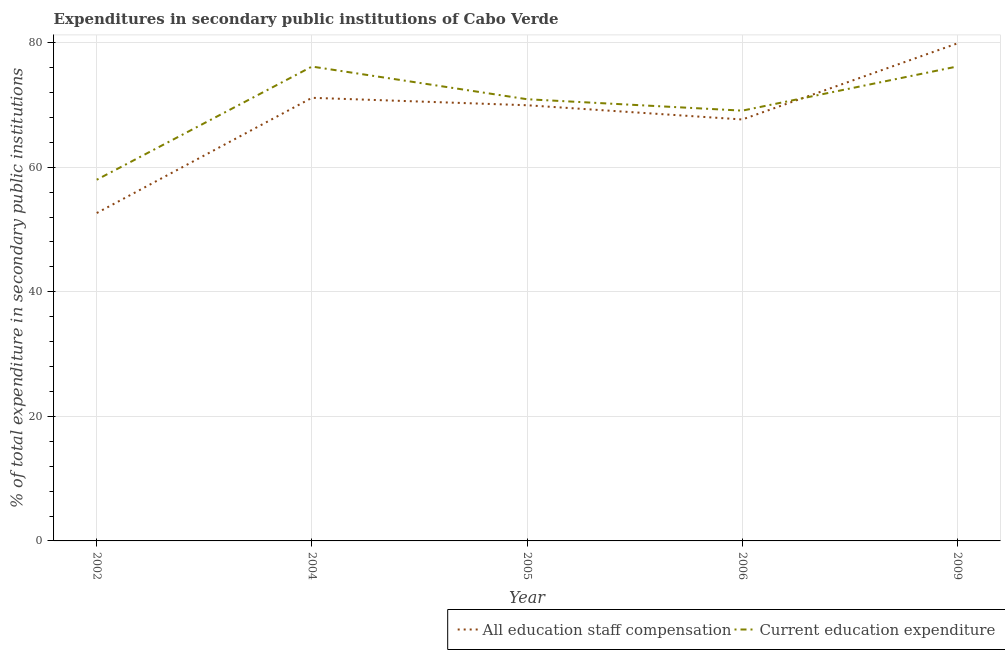
| Year | All education staff compensation | Current education expenditure |
 | --- | --- | --- |
 | 2002 | 52.6 | 58 |
 | 2004 | 71.2 | 76.2 |
 | 2005 | 70 | 70.9 |
 | 2006 | 67.7 | 69.1 |
 | 2009 | 79.9 | 76.2 |